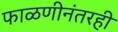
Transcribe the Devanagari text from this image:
फाळणीनंतरही